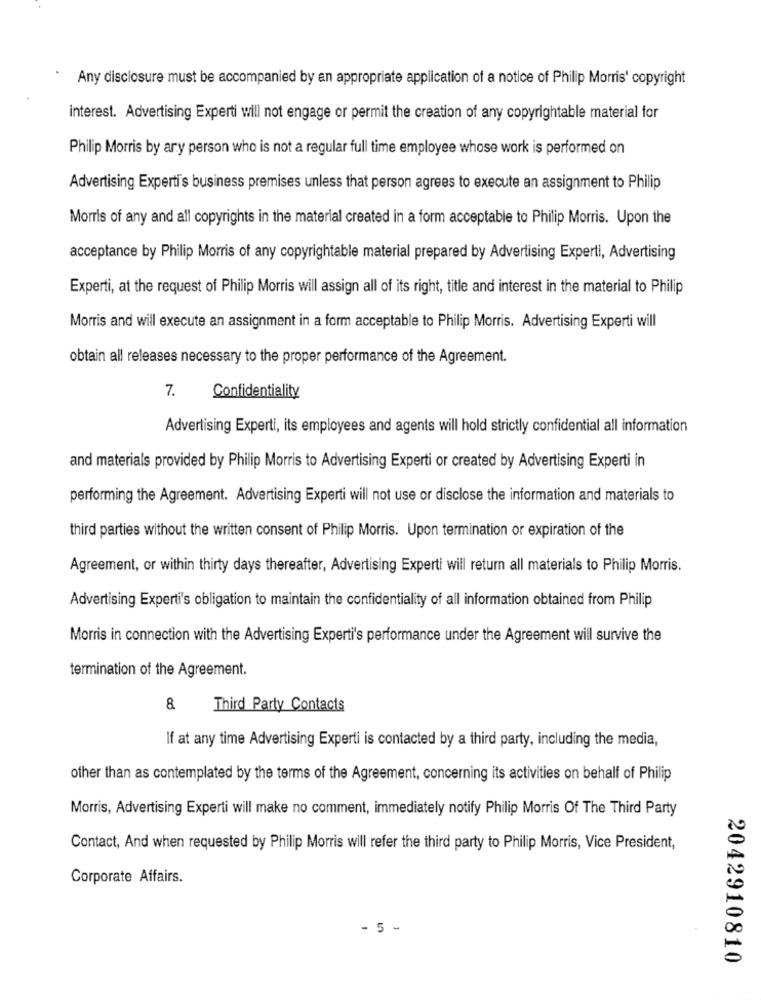
Any disclosure must be accompanied by an appropriate application of a notice of Philip Morris' copyright
interest. Advertising Experti will not engage or permit the creation of any copyrightable material for
Philip Morris by any person who is not a regular full time employee whose work is performed on
Advertising Experti's business premises unless that person agrees to execute an assignment to Philip
Morris of any and all copyrights in the material created in a form acceptable to Philip Morris. Upon the
acceptance by Philip Morris of any copyrightable material prepared by Advertising Experti, Advertising
Experti, at the request of Philip Morris will assign all of its right, title and interest in the material to Philip
Morris and will execute an assignment in a form acceptable to Philip Morris. Advertising Experti will
obtain all releases necessary to the proper performance of the Agreement.
7.
Confidentiality
Advertising Experti, its employees and agents will hold strictly confidential all information
and materials provided by Philip Morris to Advertising Experti or created by Advertising Experti in
performing the Agreement. Advertising Experti will not use or disclose the information and materials to
third parties without the written consent of Philip Morris. Upon termination or expiration of the
Agreement, or within thirty days thereafter, Advertising Experti will return all materials to Philip Morris.
Advertising Experti's obligation to maintain the confidentiality of all information obtained from Philip
Morris in connection with the Advertising Experti's performance under the Agreement will survive the
termination of the Agreement.
& Third Party Contacts
If at any time Advertising Experti is contacted by a third party, including the media,
other than as contemplated by the terms of the Agreement, concerning its activities on behalf of Philip
Morris, Advertising Experti will make no comment, immediately notify Philip Morris Of The Third Party
Contact, And when requested by Philip Morris will refer the third party to Philip Morris, Vice President,
Corporate Affairs.
- 5 -
2042910810